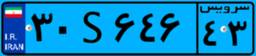
۴۳S۰۱۵۸۰